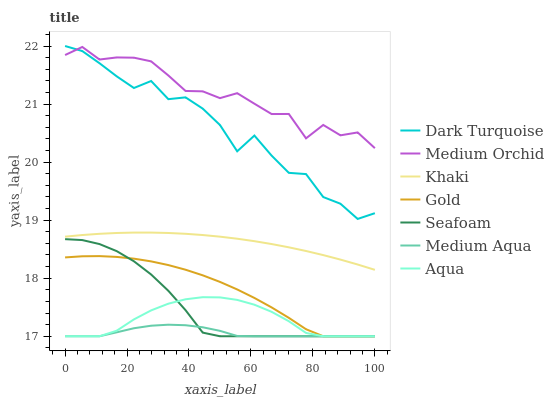
| xaxis_label | Dark Turquoise | Medium Orchid | Khaki | Gold | Seafoam | Medium Aqua | Aqua |
 | --- | --- | --- | --- | --- | --- | --- | --- |
 | 0 | 22 | 21.8 | 18.7 | 18.4 | 18.7 | 17 | 17 |
 | 5.56 | 21.9 | 22 | 18.7 | 18.4 | 18.7 | 17 | 17 |
 | 11.1 | 21.7 | 21.8 | 18.8 | 18.4 | 18.6 | 17 | 17 |
 | 16.7 | 21.5 | 21.8 | 18.8 | 18.4 | 18.5 | 17.1 | 17.1 |
 | 22.2 | 21.3 | 21.8 | 18.8 | 18.3 | 18.3 | 17.1 | 17.3 |
 | 27.8 | 21.4 | 21.7 | 18.8 | 18.3 | 18.1 | 17.2 | 17.4 |
 | 33.3 | 21.1 | 21.5 | 18.8 | 18.2 | 17.8 | 17.2 | 17.6 |
 | 38.9 | 21.1 | 21.2 | 18.8 | 18.1 | 17.4 | 17.2 | 17.6 |
 | 44.4 | 20.9 | 21.2 | 18.7 | 18 | 17.1 | 17.2 | 17.7 |
 | 50 | 20.6 | 21.1 | 18.7 | 17.9 | 17 | 17.1 | 17.7 |
 | 55.6 | 20.2 | 21.2 | 18.7 | 17.8 | 17 | 17 | 17.6 |
 | 61.1 | 20.5 | 21 | 18.6 | 17.7 | 17 | 17 | 17.5 |
 | 66.7 | 20.1 | 20.8 | 18.6 | 17.5 | 17 | 17 | 17.4 |
 | 72.2 | 19.8 | 20.8 | 18.5 | 17.3 | 17 | 17 | 17.3 |
 | 77.8 | 19.8 | 20.4 | 18.5 | 17.1 | 17 | 17 | 17.1 |
 | 83.3 | 19.4 | 20.6 | 18.4 | 17 | 17 | 17 | 17 |
 | 88.9 | 19.3 | 20.5 | 18.3 | 17 | 17 | 17 | 17 |
 | 94.4 | 19 | 20.5 | 18.2 | 17 | 17 | 17 | 17 |
 | 100 | 19.1 | 20.2 | 18.1 | 17 | 17 | 17 | 17 |